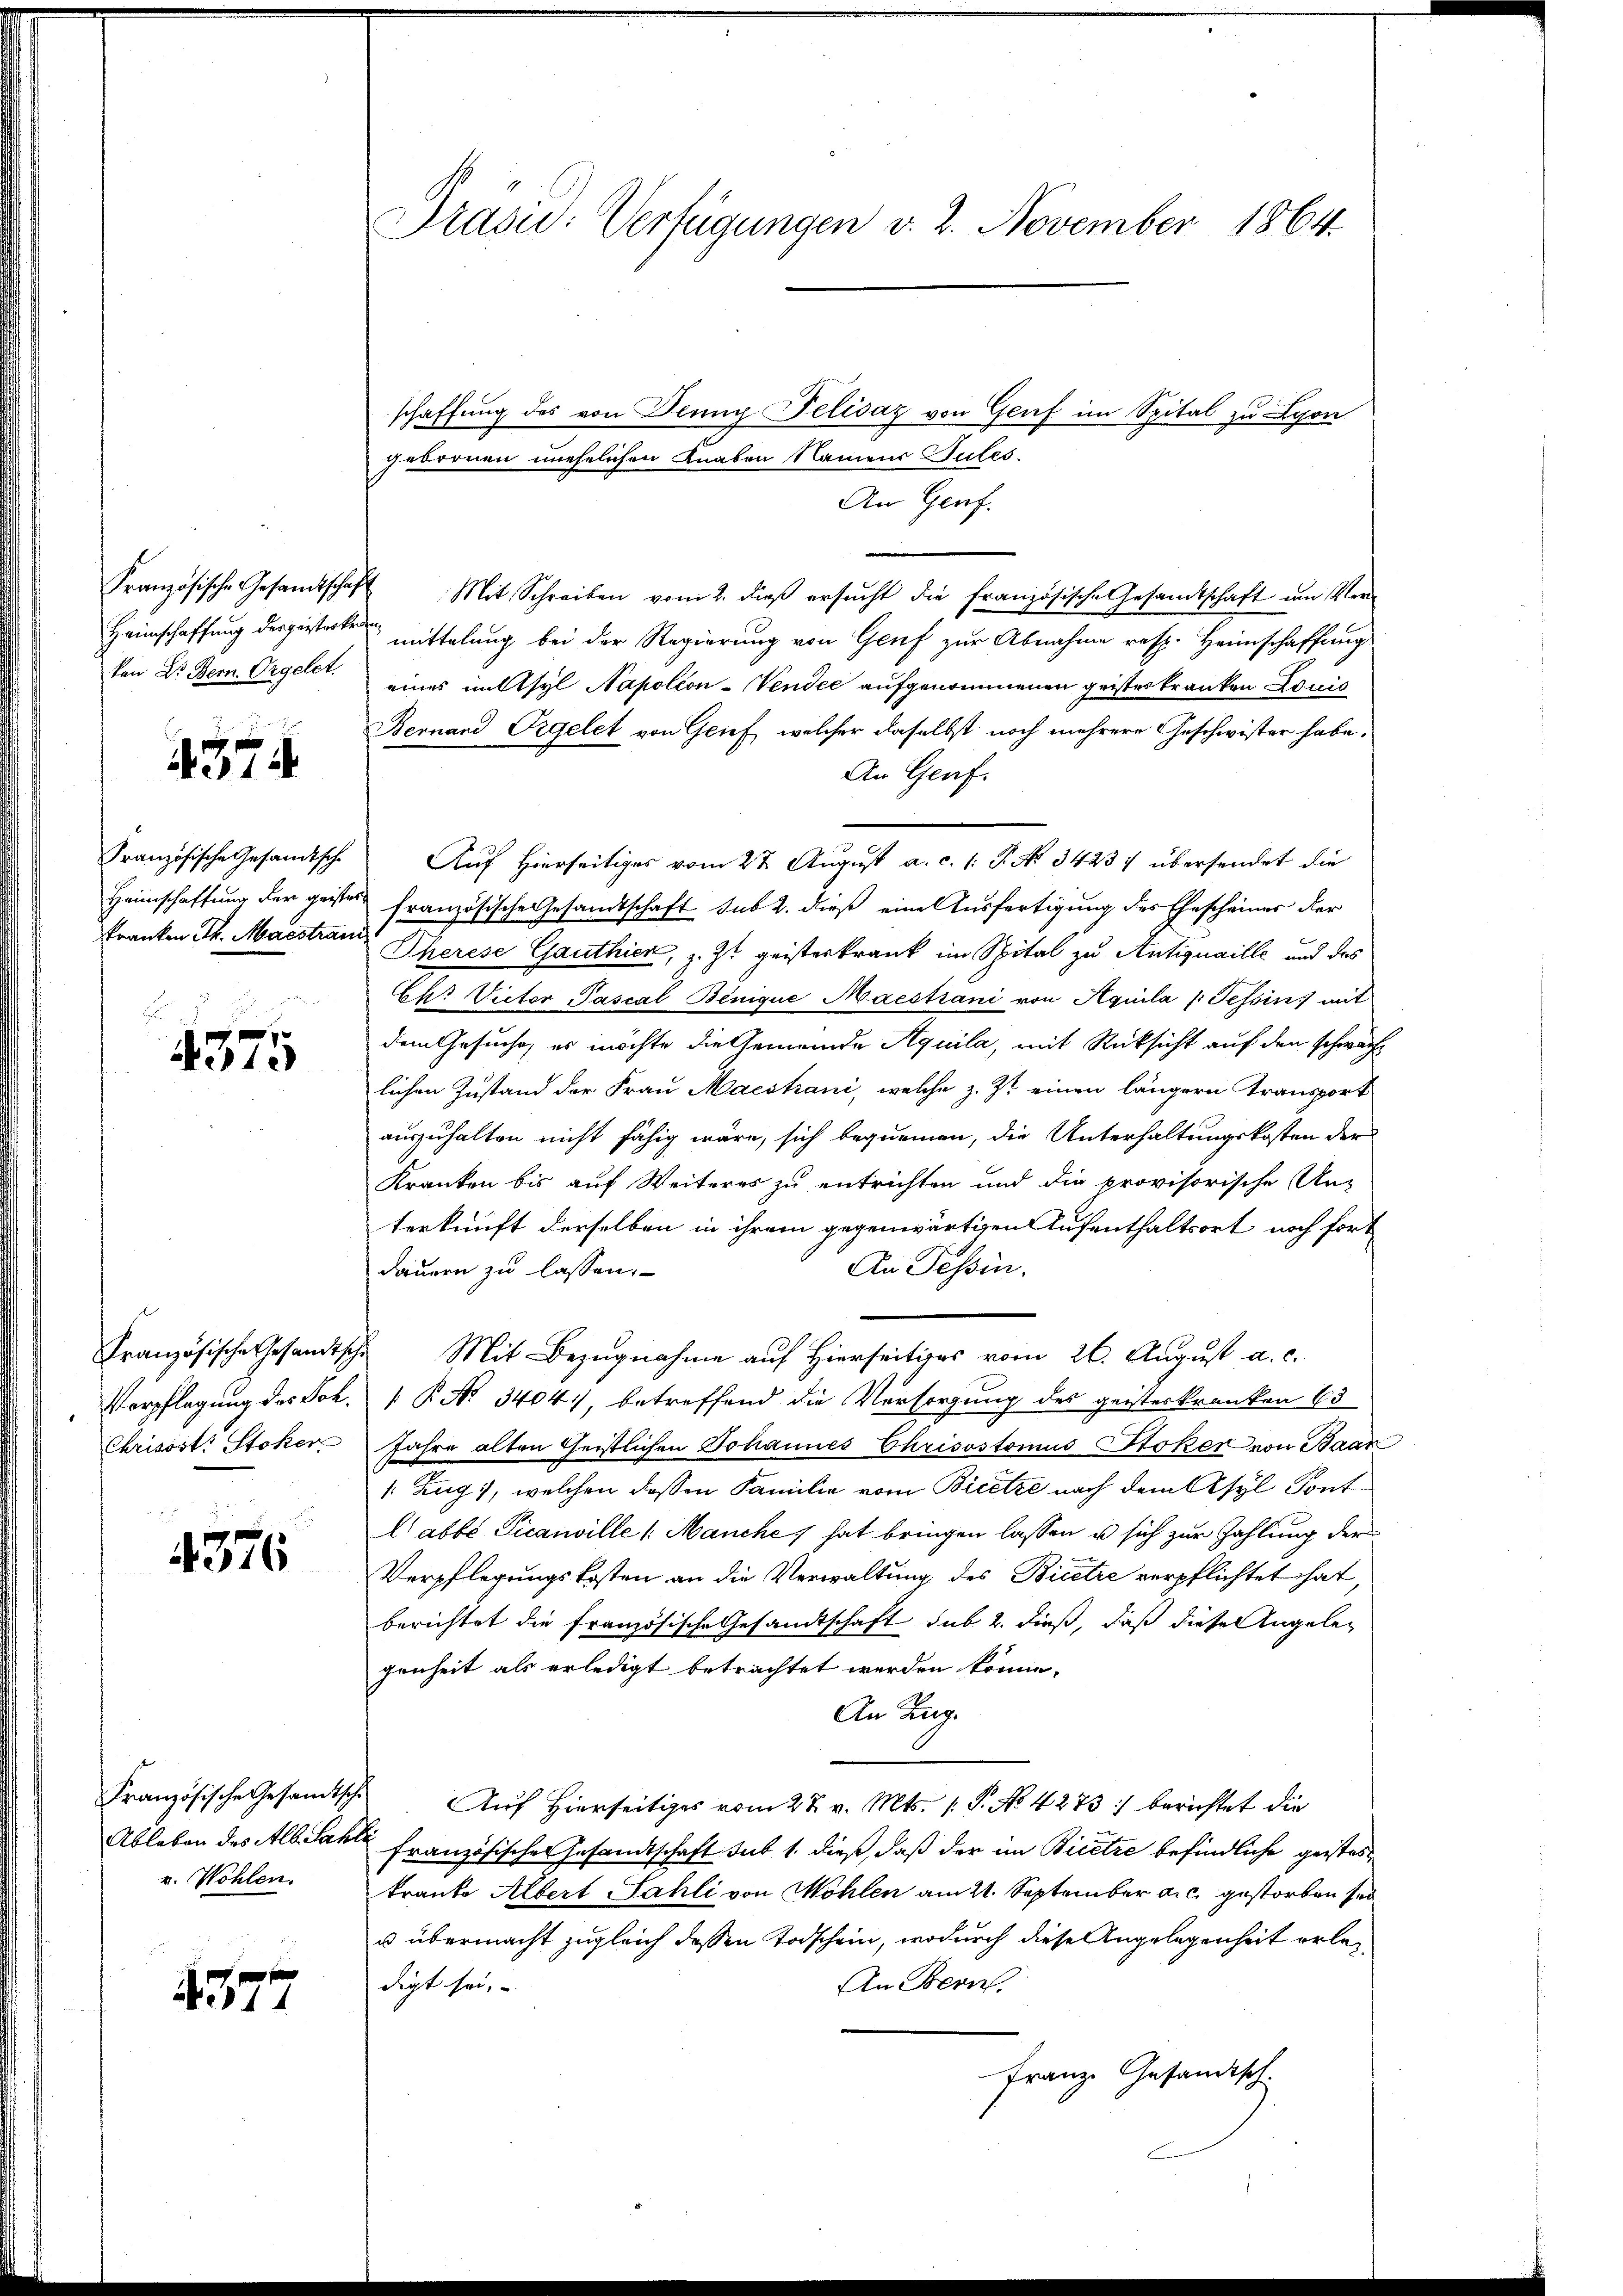
Französische Gesandtschaf
Heimschaffung der geisterken
ken Dr. Bern. Orgelet.

4374.

Französische Gesandtsche
Heimschaffung der geisteskranken Th. Maistram

4375

Französische Gesandtsche
Verpflegung des Joh.
Chrisost. Stoker

x
4376

Französische Gesandtsche
Ableben des Alb. Sahli
v. Wohlen.

4577

Präsid.: Verfügungen v. 2. November 1864.

gebornen unehelichen Knaben Namens Sutes.

schaffung des von Jenny Felisaz von Genf im Spital zu Lyon
An Genf.
Mit Schreiben vom 2. daß ersucht die französische Gesandtschaft um Ver¬
 mittelung bei der Regierung von Genf zur Abnahme resp. Heimschaffung
eines mitthyl Napoléon -Vendée aufgenommenen geisteskranken Louis
Bernand Orgelet von Grief, welcher daselbst noch mehrere Geschwister habe.
An Genf.
Auf Hierseitiges vom 27. August a. c. 1. P. No. 34237 übersendet die
französische Gesandtschaft sub 2. dieß eine Ausfertigung des Ehescheiner der
Eherese Gauthier, z. Zt. geisterkrank im Spital zu Antiquaille und das
Chr. Victor Pascal Benique Maestiani von Aquila (Tessin mit
dem Gesuche, es möchte die Gemeinde Aquila, mit Rücksicht auf den schwachlichen Zustand der Frau Maestiani, welche z. Zt. einen längern Transport
auszuhalten nicht fähig wäre, sich bequemen, die Unterhaltungskosten der
Kranken bis auf Weiteres zu entrichten und die provisorische Un-
terkunft derselben in ihrem gegenwärtigen Aufenthaltsort noch fort
An Tessin.
dauern zu lassen.
Mit Bezugnahme auf Hierseitiges vom 26. August a. c.
R No 3404. betreffend die Versorgung des geisteskranken 63
Jahre alten Geistlichen Johannes Chrisostomus Stoker von Baar
(Zug, welchen dessen Familie vom Bicetze nach dem Asyl Sont
Cabbé Picanville (Manches hat bringen lassen u sich zur Zahlung der
Verpflegungskosten an die Verwaltung des Bicere verpflichtet hat,
berichtet die französische Gesandtschaft sub 2. dieß, daß diese Angeleg
genheit als erledigt betrachtet werden könne.
An Zug.
Auf Hierseitiges vom 27. v. Mts. (T. No. 4273 berichtet die
französischen Gesandtschaft sub 1. dieß, daß der in Bicetze befindliche geistes
tranke Albert Sahli von Möhlen am 21. September a. c. gestorben sei
u übermacht zugleich dessen Todschein, wodurch diese Angelegenheit erlegdigt sei,
An Bern.
Franz Gesandtsch.